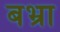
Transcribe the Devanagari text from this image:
बभ्रा